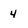
Character: 4